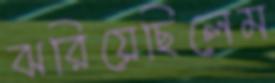
ঝরিয়েছিলেম